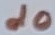
Text: d0